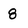
Character: 8